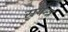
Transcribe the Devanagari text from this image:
सयन्त्र